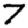
Digit: 7